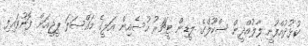
ކުޅުދުއްފުށީ ލާލުއްދީން ސްކޫލްގެ ލީޑިން ޓީޗަރު ހުސެއިން އަލީގެ މައްސަލަ ޕީޖީއަށް ފޮނުވައިފި